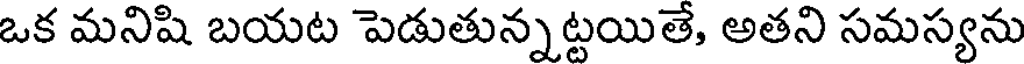
ఒక మనిషి బయట పెడుతున్నట్టయితే, అతని సమస్యను